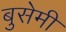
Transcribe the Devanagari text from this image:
बुसेमी